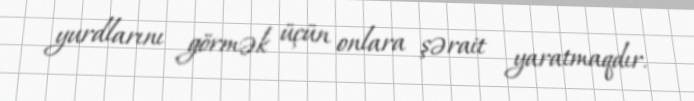
yurdlarını görmək üçün onlara şərait yaratmaqdır.